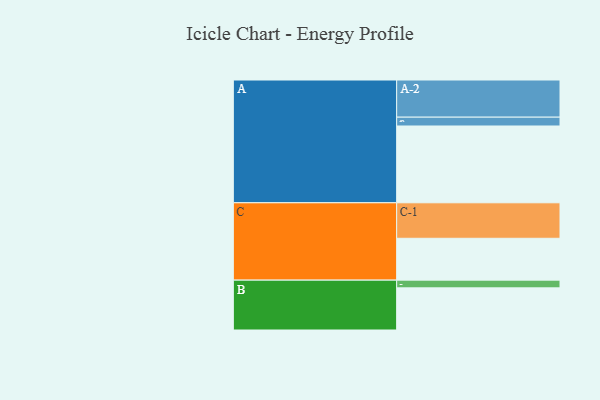
{"axis": {"x": "Segment", "y": "Value"}, "legend": ["", "A", "B", "C"], "data": [{"x": "A", "y": 556, "type": ""}, {"x": "B", "y": 305, "type": ""}, {"x": "C", "y": 303, "type": ""}, {"x": "A-1", "y": 64, "type": "A"}, {"x": "A-2", "y": 269, "type": "A"}, {"x": "B-1", "y": 56, "type": "B"}, {"x": "C-1", "y": 257, "type": "C"}]}